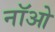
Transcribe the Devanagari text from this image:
नॉओ